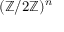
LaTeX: ( \mathbb { Z } / 2 \mathbb { Z } ) ^ { n }